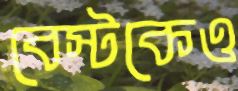
বেস্টকেও